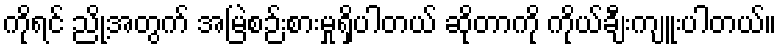
ကိုရင် ညို့အတွက် အမြဲစဉ်းစားမှုရှိပါတယ် ဆိုတာကို ကိုယ်ချီးကျူးပါတယ်။